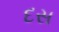
દસ